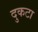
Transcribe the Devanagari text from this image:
दुकटा